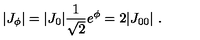
| J _ { \phi } | = | J _ { 0 } | { \frac { 1 } { \sqrt 2 } } e ^ { \phi } = 2 | J _ { 0 0 } | \ .